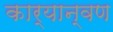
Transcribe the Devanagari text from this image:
कार्यान्वण